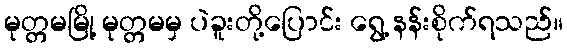
မုတ္တမမြို့ မုတ္တမမှ ပဲခူးတို့ပြောင်း ရွေ့ နန်းစိုက်ရသည်။